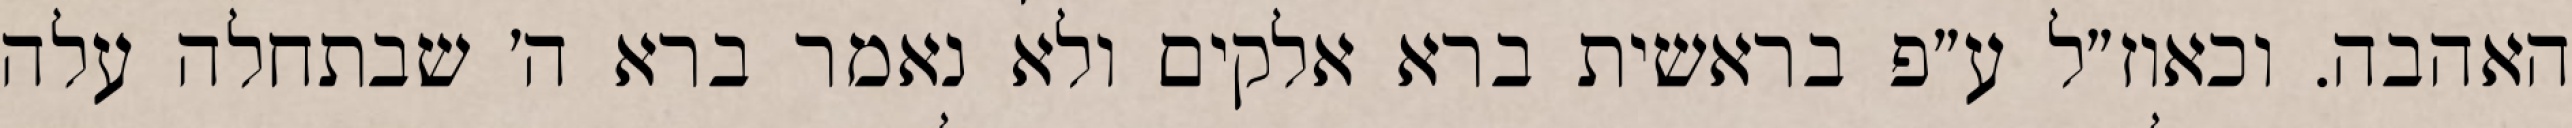
האהבה. וכאוז״ל ע״פ בראשית ברא אלקים ולא נאמר ברא ה׳ שבתחלה עלה